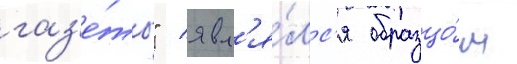
газ'е́ты" / явл'я́лс'я образцо́м